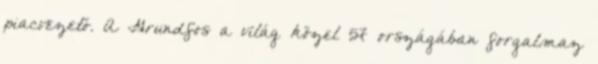
piacvezető. A Grundfos a világ közel 57 országában forgalmaz